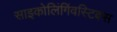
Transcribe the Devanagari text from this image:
साइकोलिंगिंवस्टिक्स